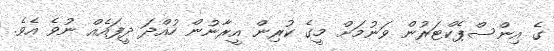
ގެ އިންސްޕެކްޓަރުން ވަނުމަށް މީގެ ކުރިން އީރާނުން ހުއްދަ ދީފައެއް ނުވެ އެވެ.